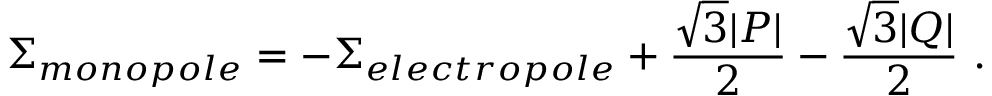
\Sigma _ { m o n o p o l e } = - \Sigma _ { e l e c t r o p o l e } + { \frac { \sqrt 3 | P | } { 2 } } - { \frac { \sqrt 3 | Q | } { 2 } } \ .